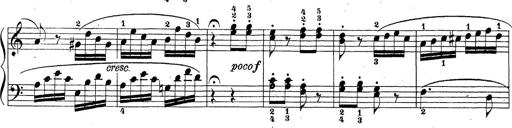
Title: Sonatina Album
Composer: Louis KÃ¶hler